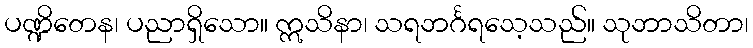
ပဏ္ဍိတေန၊ ပညာရှိသော။ ဣသိနာ၊ သရဘင်္ဂရသေ့သည်။ သုဘာသိတာ၊